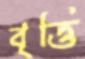
বৃত্তি